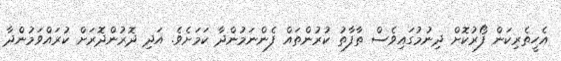
އެހީތެރިކަން ފޯރުކޮށް ދިނުމުގައިވެސް ތާފާތު ކުރުންތައް ފެންނަމުންދާ ކަމަށެވެ. އަދި ދޮރުންދޮރަށް ކުރައްވަމުންދާ